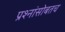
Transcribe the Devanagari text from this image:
प्रश्नांसोबतच